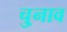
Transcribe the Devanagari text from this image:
चु्नाव